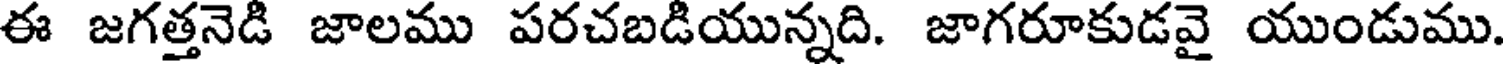
ఈ జగత్తనెడి జాలము పరచబడియున్నది. జాగరూకుడవై యుండుము.